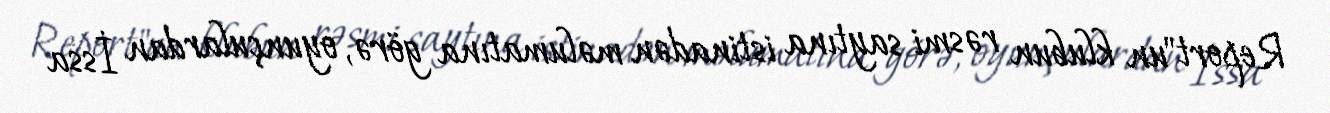
Report"un klubun rəsmi saytına istinadən məlumatına görə, oyunçulardan İssa